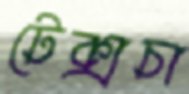
টেক্সচা